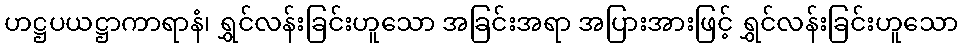
ဟဋ္ဌပယဋ္ဌာကာရာနံ၊ ရွှင်လန်းခြင်းဟူသော အခြင်းအရာ အပြားအားဖြင့် ရွှင်လန်းခြင်းဟူသော